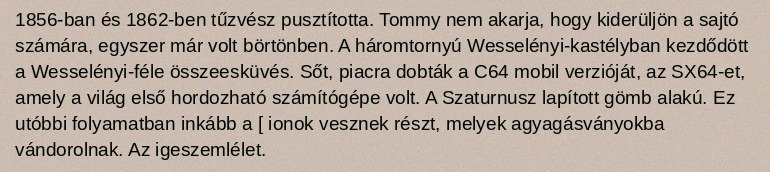
1856-ban és 1862-ben tűzvész pusztította. Tommy nem akarja, hogy kiderüljön a sajtó számára, egyszer már volt börtönben. A háromtornyú Wesselényi-kastélyban kezdődött a Wesselényi-féle összeesküvés. Sőt, piacra dobták a C64 mobil verzióját, az SX64-et, amely a világ első hordozható számítógépe volt. A Szaturnusz lapított gömb alakú. Ez utóbbi folyamatban inkább a [ ionok vesznek részt, melyek agyagásványokba vándorolnak. Az igeszemlélet.